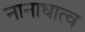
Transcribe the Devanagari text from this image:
नानाधात्व